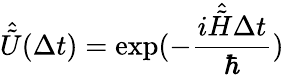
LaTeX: \hat{\tilde{U}}(\Delta t)=\exp(-\frac{i\hat{\tilde{H}}\Delta t}{\hbar})